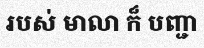
របស់ មាលា ក៏ បញ្ជា